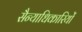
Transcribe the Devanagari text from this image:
सैन्याधिकारियों